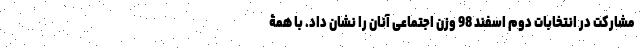
مشارکت در انتخابات دوم اسفند 98 وزن اجتماعی آنان را نشان داد. با همۀ